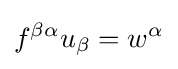
f^{\beta \alpha }u_{\beta }=w^{\alpha }